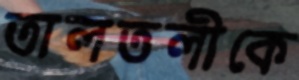
তালতলীকে